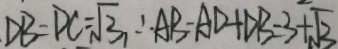
D B = D C = \sqrt { 3 } , \therefore A B - A D + D B = 3 + \sqrt { 3 }